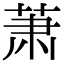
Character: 萧